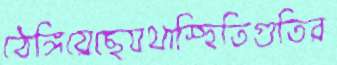
ঠেঙ্গিয়েছেযথাস্হিতিগুতির